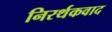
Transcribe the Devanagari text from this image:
निरर्थकवाद